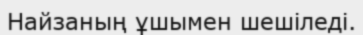
Найзаның ұшымен шешіледі.